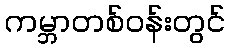
ကမ္ဘာတစ်ဝန်းတွင်